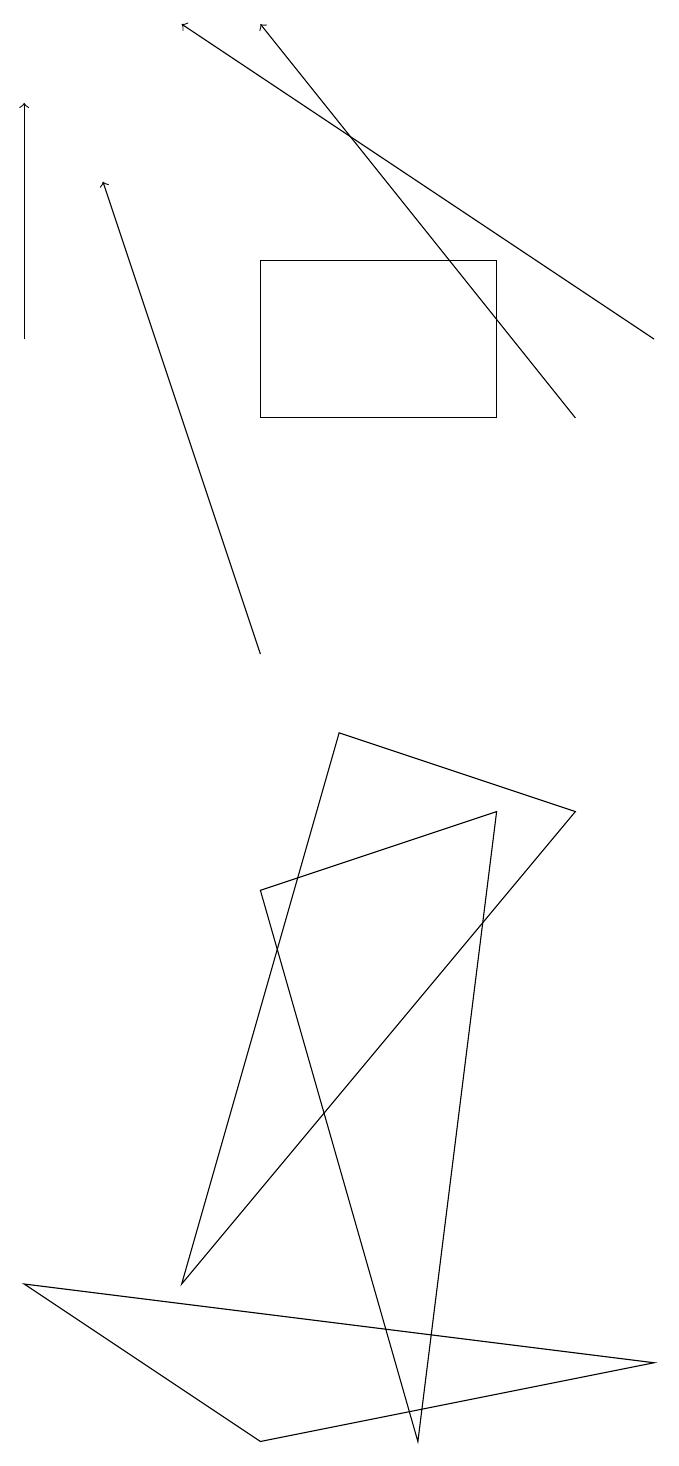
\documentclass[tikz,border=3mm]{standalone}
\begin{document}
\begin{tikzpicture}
\draw (9,1) -- (1,2) -- (4,0) -- cycle;
\draw[->] (1,14) -- (1,17);
\draw[->] (4,10) -- (2,16);
\draw[->] (8,13) -- (4,18);
\draw (3,2) -- (8,8) -- (5,9) -- cycle;
\draw (6,0) -- (4,7) -- (7,8) -- cycle;
\draw (4,15) rectangle (7,13);
\draw[->] (9,14) -- (3,18);
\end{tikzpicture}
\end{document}